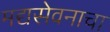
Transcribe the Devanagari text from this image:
मद्यसेवनाचा